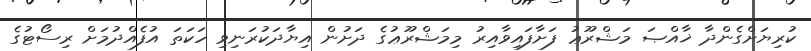
ކުރިޔަށްގެންދާ ޚާއްޞަ މަޝްރޫޢު ފަށާފައިވާއިރު މިމަޝްރޫޢުގެ ދަށުން އިޔާދަކުރަނިވި ހަކަތަ އުފެއްދުމަށް ރިސޯޓުގެ